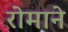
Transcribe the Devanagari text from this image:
रोमाने